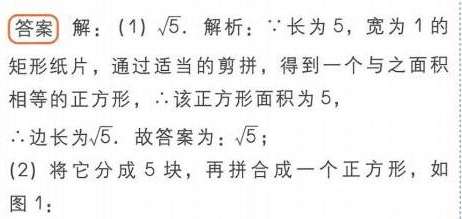
**答案** 解：(1)$\sqrt{5}$. 解析：$\because$长为$5$，宽为$1$的
矩形纸片，通过适当的剪拼，得到一个与之面积
相等的正方形，$\therefore$该正方形面积为$5$，
$\therefore$边长为$\sqrt{5}$. 故答案为：$\sqrt{5}$；
(2) 将它分成$5$块，再拼合成一个正方形，如
图 1：